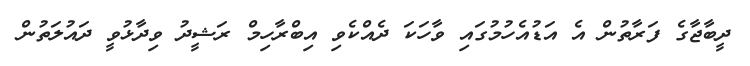
ދީބާޖާގެ ފަރާތުން އެ އަޑުއެހުމުގައި ވާހަކަ ދެއްކެވި އިބްރާހިމް ރަޝީދު ވިދާޅުވީ ދައުލަތުން